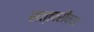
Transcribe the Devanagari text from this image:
सत्तारीच्या